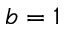
b = 1